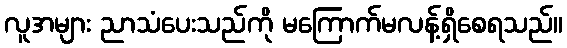
လူအများ ညာသံပေးသည်ကို မကြောက်မလန့်ရှိစေရသည်။